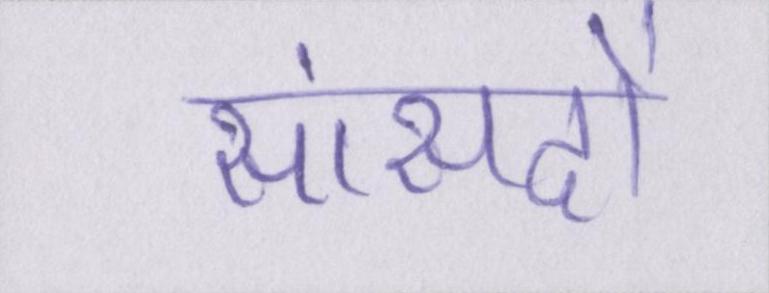
सांसदों